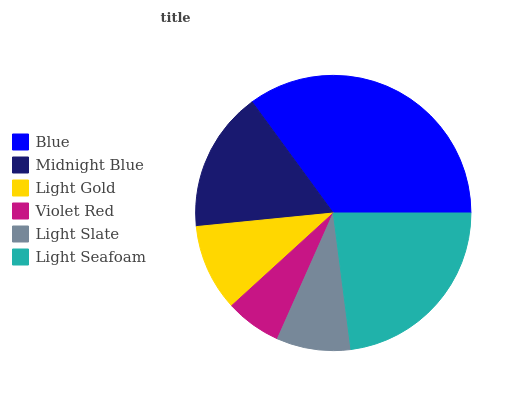
| Blue | Midnight Blue | Light Gold | Violet Red | Light Slate | Light Seafoam |
 | --- | --- | --- | --- | --- | --- |
 | 35% | 16.6% | 10.2% | 6.58% | 8.69% | 22.9% |